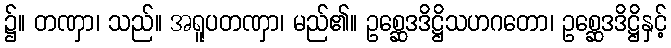
၌။ တဏှာ၊ သည်။ အရူပတဏှာ၊ မည်၏။ ဥစ္ဆေဒဒိဋ္ဌိသဟဂတော၊ ဥစ္ဆေဒဒိဋ္ဌိနှင့်